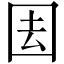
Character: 𭍝